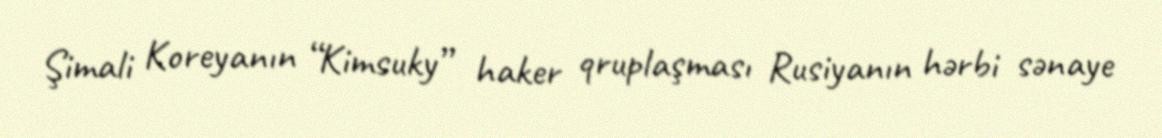
Şimali Koreyanın “Kimsuky” haker qruplaşması Rusiyanın hərbi sənaye